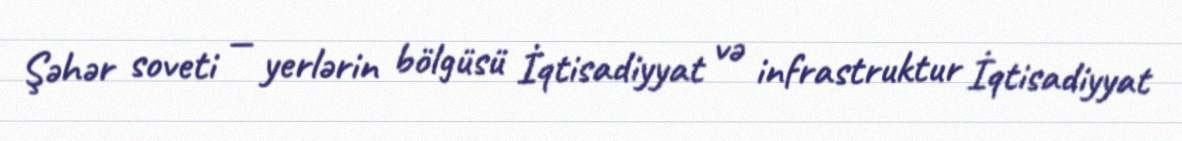
Şəhər soveti — yerlərin bölgüsü İqtisadiyyat və infrastruktur İqtisadiyyat